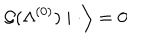
LaTeX: \left. { \cal G } ( \Lambda ^ { ( 0 ) } ) \mid \cdot \right\rangle = 0